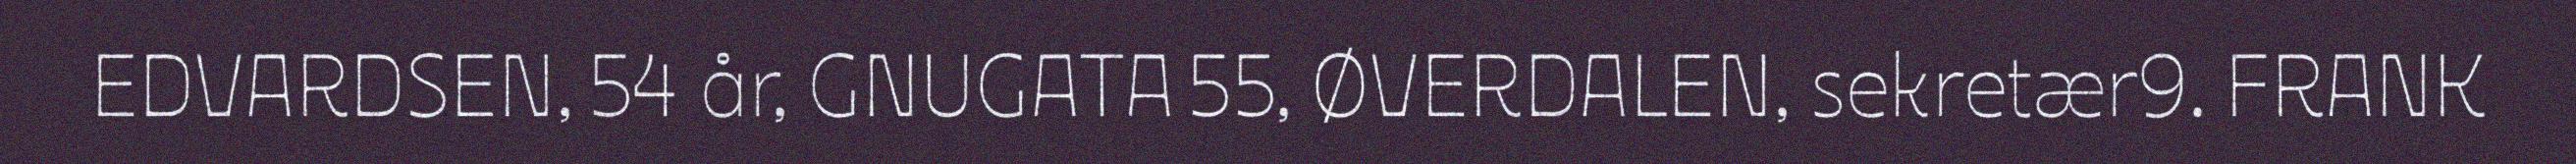
EDVARDSEN, 54 år, GNUGATA 55, ØVERDALEN, sekretær9. FRANK